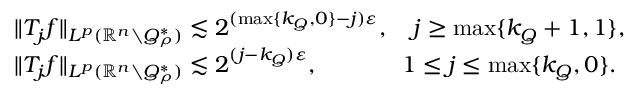
\begin{array} { r l } & { \| T _ { j } f \| _ { L ^ { p } ( \mathbb { R } ^ { n } \setminus Q _ { \rho } ^ { * } ) } \lesssim 2 ^ { ( \operatorname* { m a x } \{ k _ { Q } , 0 \} - j ) \varepsilon } , \quad j \geq \operatorname* { m a x } \{ k _ { Q } + 1 , 1 \} , } \\ & { \| T _ { j } f \| _ { L ^ { p } ( \mathbb { R } ^ { n } \setminus Q _ { \rho } ^ { * } ) } \lesssim 2 ^ { ( j - k _ { Q } ) \varepsilon } , \quad \quad \quad \; \; 1 \leq j \leq \operatorname* { m a x } \{ k _ { Q } , 0 \} . } \end{array}